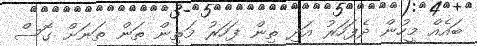
ބައެއް މީހުން ދެފަހަރު އަދި ތިން ފަހަރު މަތިން ތަން ތަނަށް ގޮސް